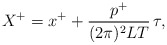
\begin{align*}X^{+}=x^+ + \frac{p^+}{(2\pi)^2 LT}\,\tau,\end{align*}